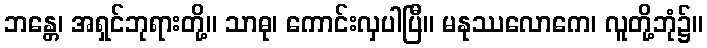
ဘန္တေ၊ အရှင်ဘုရားတို့။ သာဓု၊ ကောင်းလှပါပြီ။ မနုဿလောကေ၊ လူတို့ဘုံ၌။